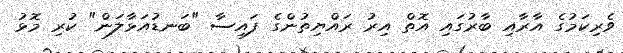
ވެރިކަމުގެ އާރާއި ބާރުގައި އޮތް އިރު ރައްޔިތުންގެ ފައިސާ "ބަނޑުއަޅާލަން" ކުރި މޮޅު